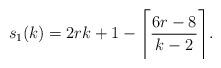
LaTeX: \begin{align*}s_1(k) = 2rk + 1 - \Bigg{\lceil} \frac{ 6r-8}{k-2} \Bigg{\rceil}.\end{align*}